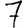
Digit: 7